Observations on rabies - Number 36
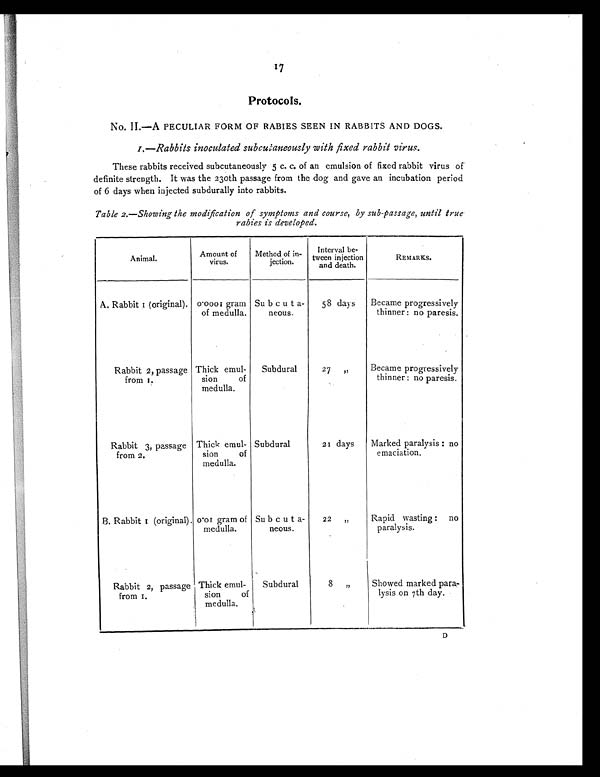
17
Protocols .
No. II.—A PECULIAR FORM OF RABIES SEEN IN RABBITS AND DOGS.
I .—Rabbits inoculated subcutaneously with fixed rabbit virus .
These rabbits received subcutaneously 5 c. c. of an emulsion of fixed rabbit virus of
definite strength. It was the 230th passage from the dog and gave an incubation period
of 6 days when injected subdurally into rabbits.
Table 2.— Showing the modification of symptoms and course, by sub-passage , until true
rabies is developed.
Animal.
Amount of
virus.
Method of in-
jection.
Interval be -
tween injection
and death.
REMARKS.
A. Rabbit I (original). 0.0001 gram
of medulla.
Subcuta-
neous.
58 days
Became progressively
thinner :no paresis.
Rabbit 2, passage
from 1.
Thick emul-
sion of
medulla.
Subdural
27 ,,
Became progressively
thinner : no paresis.
Rabbit 3, passage
from 2.
Thick emul-
sion of
medulla.
Subdural
21 days
Marked paralysis : no
emaciation.
B. Rabbit 1 (original). 0.01 gram of
medulla.
Subcuta-
neous.
22 „
Rapid wasting : no
paralysis.
Rabbit 2, passage
from 1.
Thick emul-
sion of
medulla.
Subdural
8 „
Showed marked para-
lysis on 7th day.